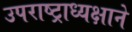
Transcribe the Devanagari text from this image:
उपराष्ट्राध्यक्षाने